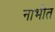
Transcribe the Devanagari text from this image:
नाभीत